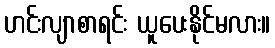
ဟင်းလျာစာရင်း ယူပေးနိုင်မလား။